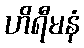
ဟိရီမနံ